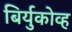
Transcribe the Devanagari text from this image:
बिर्युकोव्ह